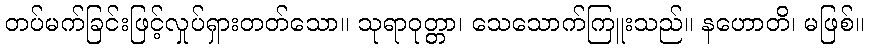
တပ်မက်ခြင်းဖြင့်လှုပ်ရှားတတ်သော။ သုရာဝုတ္တာ၊ သေသောက်ကြူးသည်။ နဟောတိ၊ မဖြစ်။